Observations on rabies - Number 36
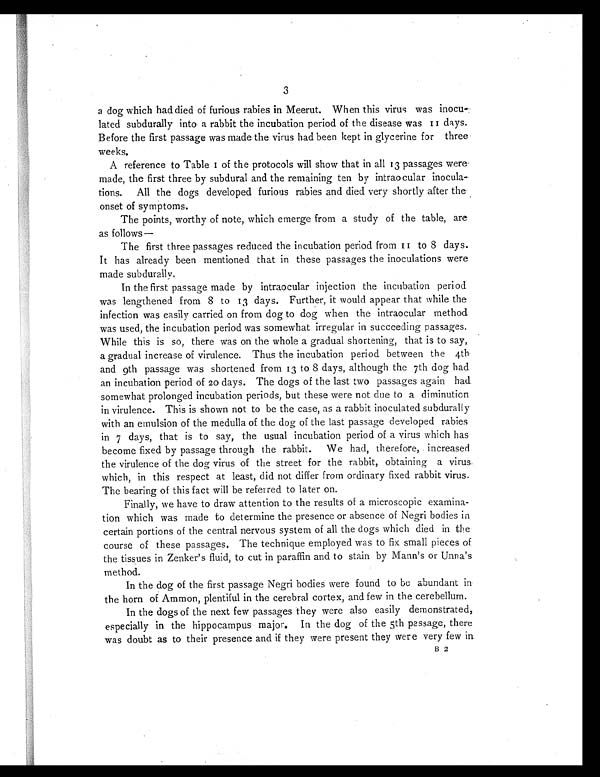
3
a dog which had died of furious rabies in Meerut. When this virus was inocu
lated subdurally into a rabbit the incubation period of the disease was 11 days.
Before the first passage was made the virus had been kept in glycerine for three
weeks.
A reference to Table I of the protocols will show that in all 13 passages were
made, the first three by subdural and the remaining ten by intraocular inocula-
tions. All the dogs developed furious rabies and died very shortly after the
onset of symptoms.
The points, worthy of note, which emerge from a study of the table, are
as follows—
The first three passages reduced the incubation period from I 1 to 8 days.
It has already been mentioned that in these passages the inoculations were
made subdurally.
In the first passage made by intraocular injection the incubation period
was lengthened from 8 to 13 days. Further, it would appear that while the
infection was easily carried on from dog to dog when the intraocular method
was used, the incubation period was somewhat irregular in succeeding passages.
While this is so, there was on the whole a gradual shortening, that is to say,
a gradual increase of virulence. Thus the incubation period between the 4th
and 9th passage was shortened from 13 to 8 days, although the 7th dog had
an incubation period of 20 days. The dogs of the last two passages again had
somewhat prolonged incubation periods, but these were not due to a diminution
in virulence. This is shown not to be the case, as a rabbit inoculated subdurally
with an emulsion of the medulla of the dog of the last passage developed rabies
in 7 days, that is to say, the usual incubation period of a virus which has
become fixed by passage through the rabbit. We had, therefore, increased
the virulence of the dog virus of the street for the rabbit, obtaining a virus
which, in this respect at least, did not differ from ordinary fixed rabbit virus.
The bearing of this fact will be referred to later on.
Finally, we have to draw attention to the results of a microscopic examina-
tion which was made to determine the presence or absence of Negri bodies in
certain portions of the central nervous system of all the dogs which died in the
course of these passages. The technique employed was to fix small pieces of
the tissues in Zenker's fluid, to cut in paraffin and to stain by Mann's or Unna's
method.
In the dog of the first passage Negri bodies were found to be abundant in
the horn of Ammon, plentiful in the cerebral cortex, and few in the cerebellum.
In the dogs of the next few passages they were also easily demonstrated,
especially in the hippocampus major. In the dog of the 5th passage, there
was doubt as to their presence and if they were present they were very few in.
B 2